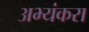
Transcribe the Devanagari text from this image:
अभ्यंकरा